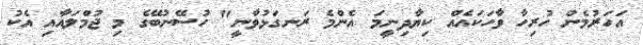
އަހަރުމެން ހުރިހާ ވާހަކައެއް ކިޔާދިނީމަ އެންމެ ރަނގަޅުވާނީ" ހުސޭނުބޭގެ މި ޖުމްލައާއި އެކު